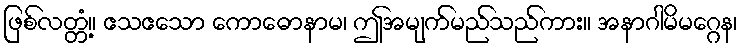
ဖြစ်လတ္တံ့။ ဧသဧသော ကောဓောနာမ၊ ဤအမျက်မည်သည်ကား။ အနာဂါမိမဂ္ဂေန၊